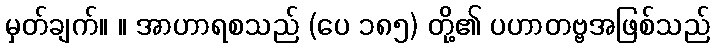
မှတ်ချက်။ ။ အာဟာရစသည် (ပေ ၁၈၅) တို့၏ ပဟာတဗ္ဗအဖြစ်သည်